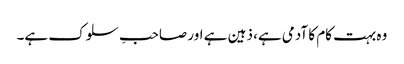
وہ بہت کام کا آدمی ہے، ذہین ہے اور صاحبِ سلوک ہے۔